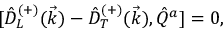
{ [ } \hat { D } _ { L } ^ { ( + ) } ( \vec { k } ) - \hat { D } _ { T } ^ { ( + ) } ( \vec { k } ) , \hat { Q } ^ { a } ] = 0 ,